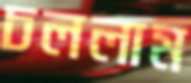
চললাম